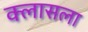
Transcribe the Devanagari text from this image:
क्लासला